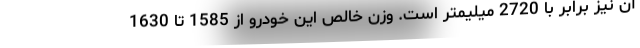
آن نیز برابر با 2720 میلیمتر است. وزن خالص این خودرو از 1585 تا 1630